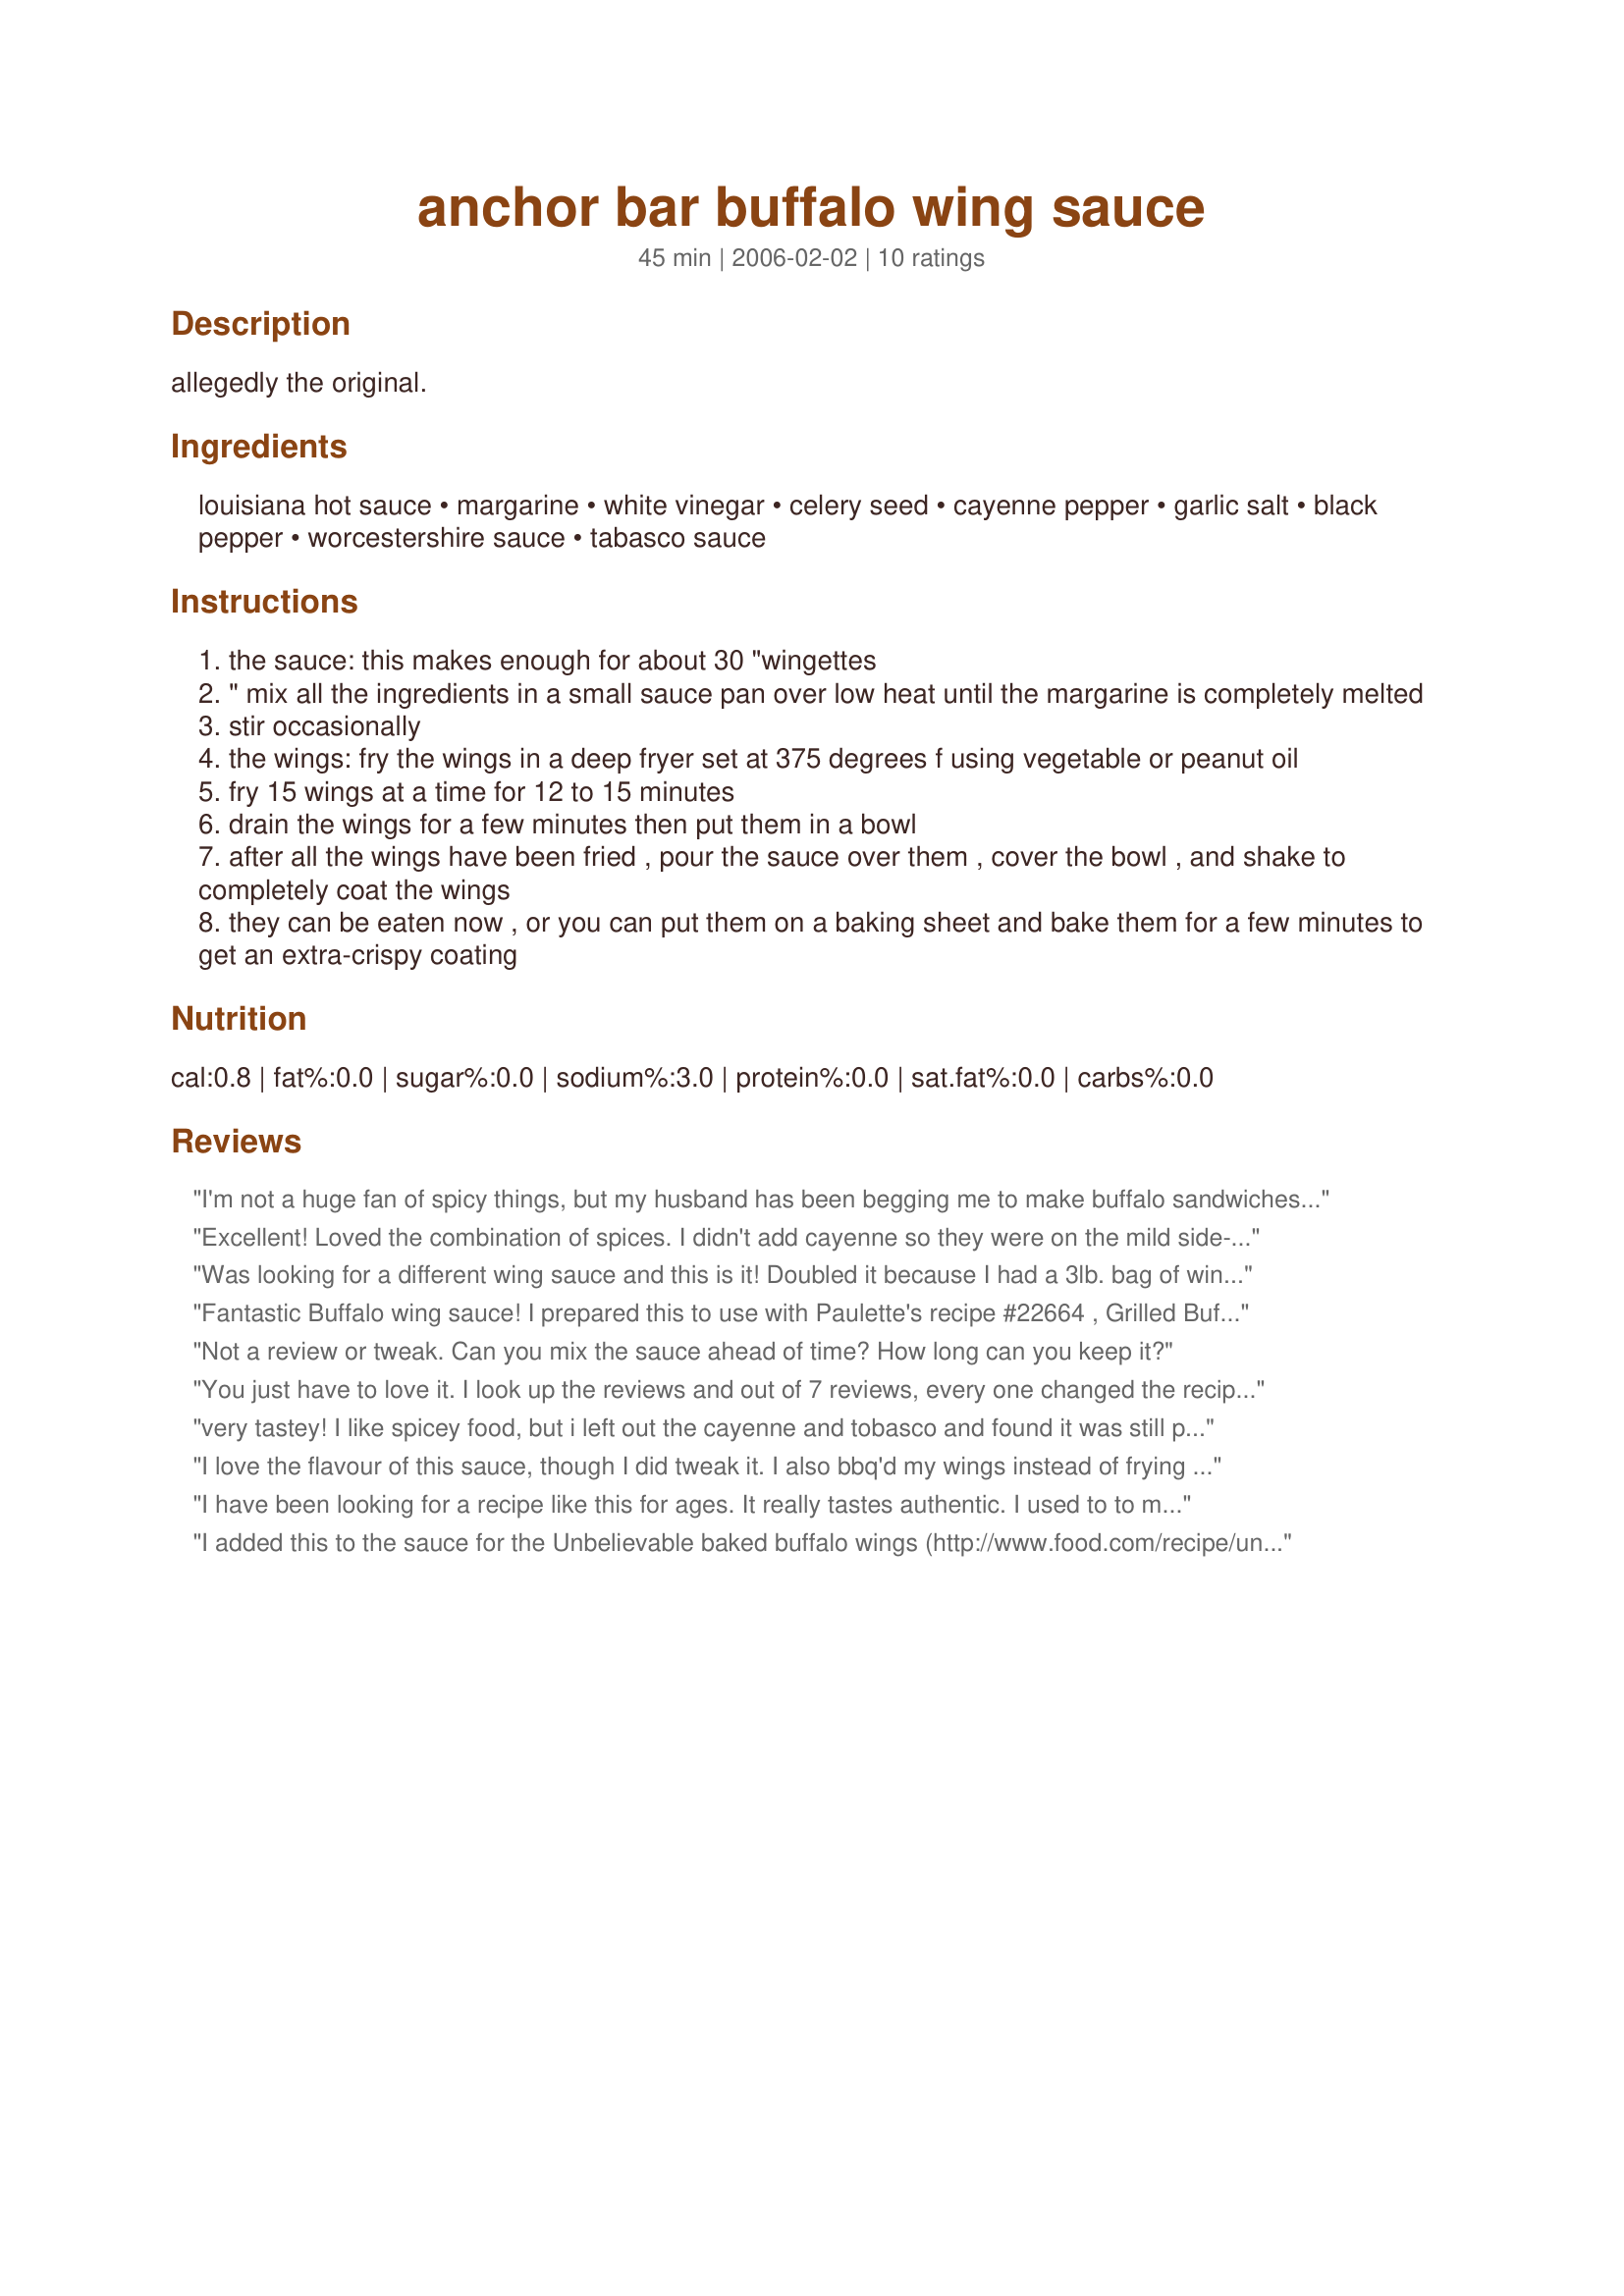
anchor bar buffalo wing sauce
Preparation time: 45 minutes

allegedly the original.

Ingredients:
louisiana hot sauce, margarine, white vinegar, celery seed, cayenne pepper, garlic salt, black pepper, worcestershire sauce, tabasco sauce

Steps:
the sauce: this makes enough for about 30 "wingettes
" mix all the ingredients in a small sauce pan over low heat until the margarine is completely melted
stir occasionally
the wings: fry the wings in a deep fryer set at 375 degrees f using vegetable or peanut oil
fry 15 wings at a time for 12 to 15 minutes
drain the wings for a few minutes then put them in a bowl
after all the wings have been fried , pour the sauce over them , cover the bowl , and shake to completely coat the wings
they can be eaten now , or you can put them on a baking sheet and bake them for a few minutes to get an extra-crispy coating

Reviews:
I'm not a huge fan of spicy things, but my husband has been begging me to make buffalo sandwiches. I followed this recipe exactly as-is, except I omitted the celery seeds (I didn't have any.) and wow--GREAT sauce! I didn't make wings--I used boneless, skinless chicken breasts that I battered and fried, and this sauce worked well. Thanks, JoeB!
Excellent! Loved the combination of spices. I didn't add cayenne so they were on the mild side--next time I will add the cayenne.
Was looking for a different wing sauce and this is it! Doubled it because I had a 3lb. bag of wingettes. I have to admit I added honey (1 Tblsp on double recipe), only because I know my family likes it sweet, but if you don't want sweetness, this is perfect just the way it is. Also, didn't add cayenne or tabasco - again, family likes things REAL mild, but I could see some of my relatives adding in the hot stuff. I used butter and garlic powder, because that is all we had in the house. I also sneaked a little liquid smoke after reading a review about grilling! Yum! I preseasoned the wings with Old Bay and paprika (that put the salt in it) and crisped it up in the oven after mixing in sauce for about 5 minutes. This is now my favorite wing sauce! Won't ever buy it premade in the store. Thank you so much! Definitely going in the Tried and True Sauce section of my cookbook.
Fantastic Buffalo wing sauce! I prepared this to use with Paulette's recipe #22664 , Grilled Buffalo Wings, it was perfect. I left out the Tabasco sauce as my husband's stomach is not as strong as mine. I'll be using this recipe again, for the rest of my life. Thanks JoeB!
Not a review or tweak. Can you mix the sauce ahead of time? How long can you keep it?
You just have to love it. I look up the reviews and out of 7 reviews, every one changed the recipe before even trying it out. Why not just submit your own version instead or try the recipe as is and then give your review.
very tastey! I like spicey food, but i left out the cayenne and tobasco and found it was still plenty spicy for me!
I love the flavour of this sauce, though I did tweak it. I also bbq'd my wings instead of frying them. I didn't use the louisiana sauce, I didn't have it, so sub'd with Sriracha hot chili sauce. I only used 3 tbsp. This stuff is very hot. I used vegan margarine, left out the celery and cayenne. I used garlic powder and added a 1/4 tsp. of A-1 Steak Sauce. I used all the other ingredients and coated the wings and ate them as is. I like my wings mild, so I think next time I'll cut back on the chili sauce, these were hotter then I liked. Thanks for the great sauce...I'll make this again for sure!
I have been looking for a recipe like this for ages. It really tastes authentic. I used to to mkae Buffalo Chicken Sandwiches. It was great...will definately be making again.

Thanks
I added this to the sauce for the Unbelievable baked buffalo wings (http://www.food.com/recipe/unbelievable-baked-buffalo-wings-155021)...I didn&#039;t feel like it added that much even though I had double the spices as I always do. Since I didn&#039;t follow the procedure of the recipe, I can&#039;t rate, but it wasn&#039;t as spicy as I wanted it to be.
